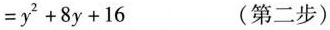
$$= y ^ { 2 } + 8 y + 1 6$$ (第二步)